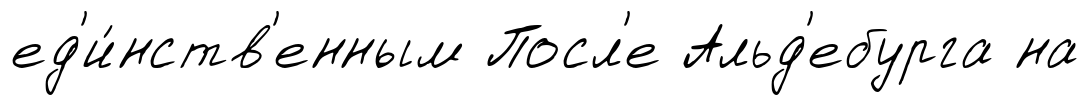
ед'и́нств'енным Посл'е Альд'ебурга на